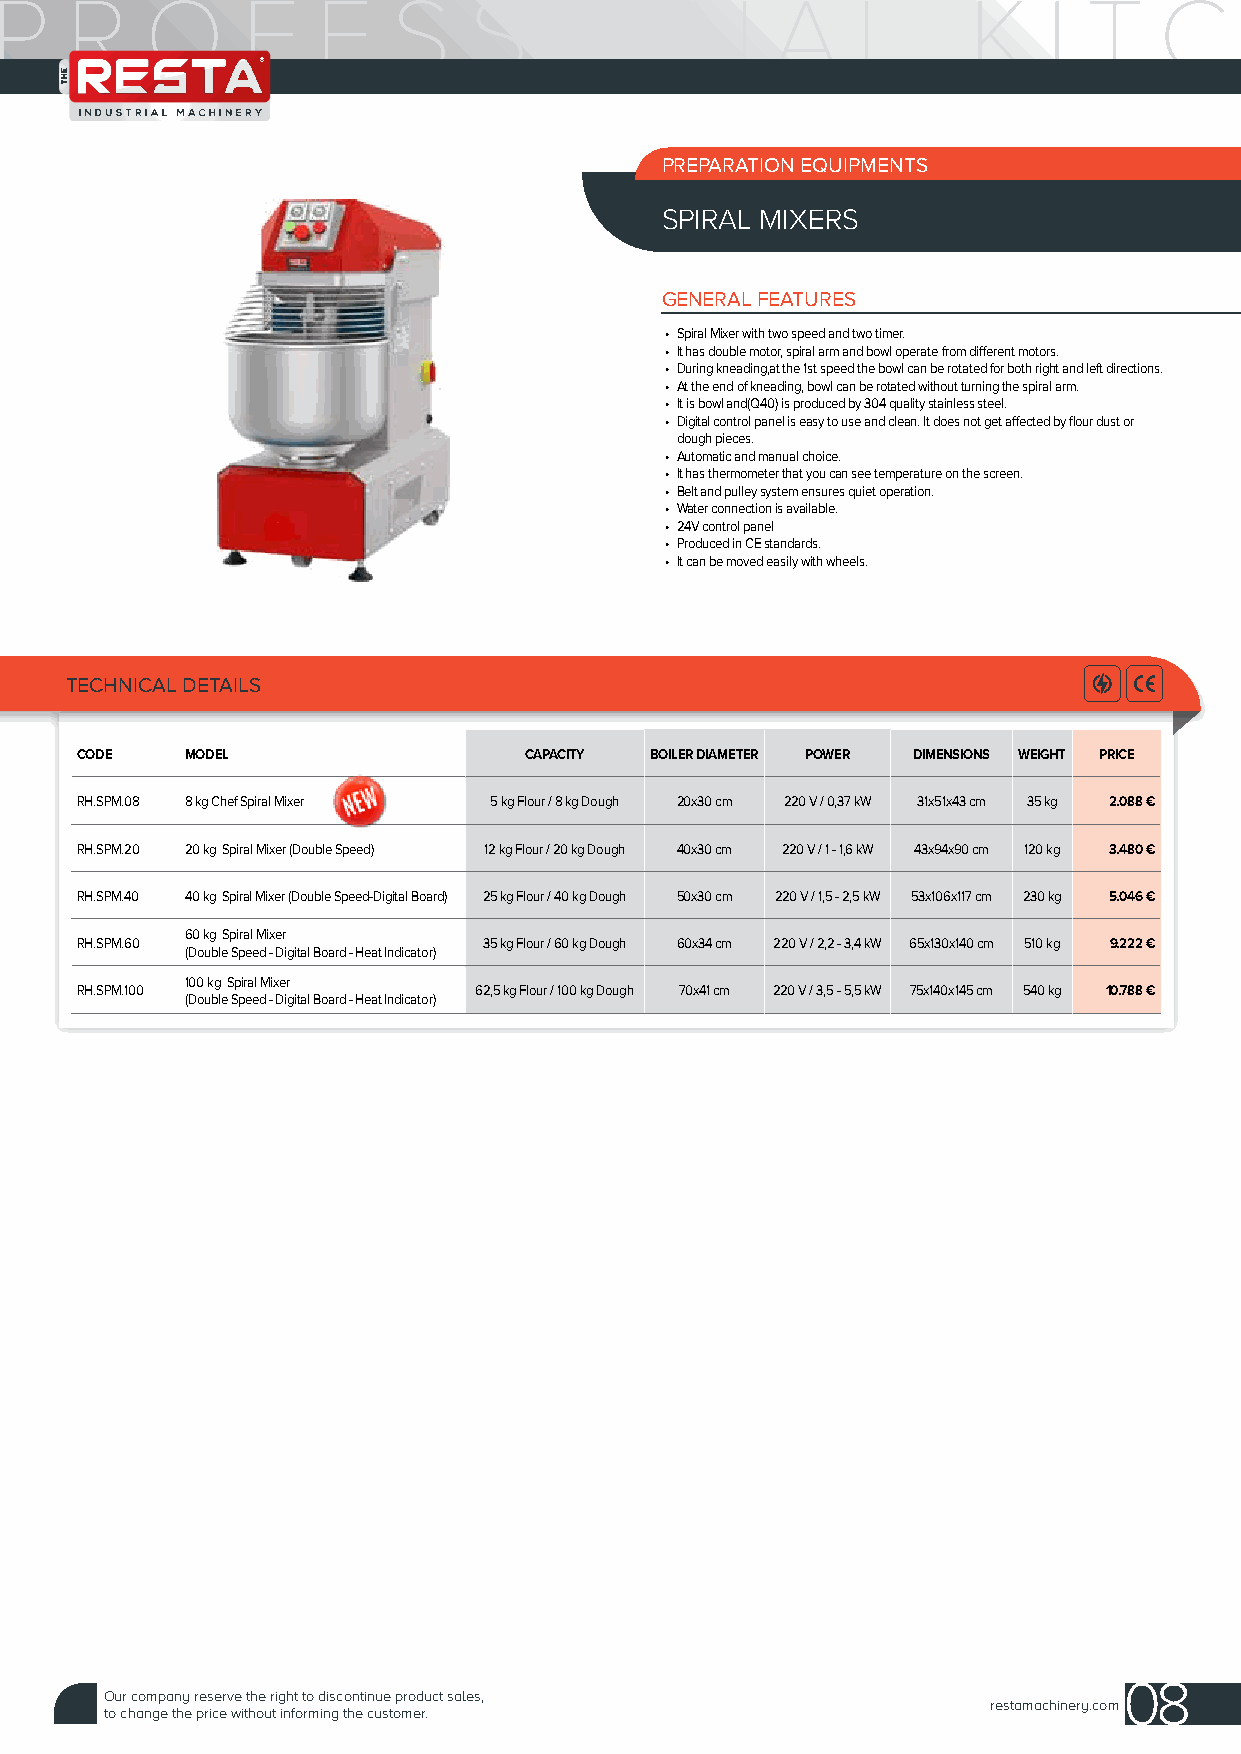
PREPARATION EQUIPMENTS
 SPIRAL MIXERS
 GENERAL FEATURES
 • Spiral Mixer with two speed and two timer.
 • It has double motor, spiral arm and bowl operate from different motors.
 • During kneading,at the 1st speed the bowl can be rotated for both right and left directions.
 • At the end of kneading, bowl can be rotated without turning the spiral arm.
 • It is bowl and(Q40) is produced by 304 quality stainless steel.
 • Digital control panel is easy to use and clean. It does not get affected by flour dust or
 dough pieces.
 • Automatic and manual choice.
 • It has thermometer that you can see temperature on the screen.
 • Belt and pulley system ensures quiet operation.
 • Water connection is available.
 • 24V control panel
 • Produced in CE standards.
 • It can be moved easily with wheels.
 TECHNICAL DETAILS
 CODE   MODEL                  CAPACITY BOILER DIAMETER POWER DIMENSIONS WEIGHT PRICE
 RH.SPM.08 8 kg Chef Spiral Mixer 5 kg Flour / 8 kg Dough 20x30 cm 220 V / 0,37 kW 31x51x43 cm 35 kg 2.088 €
 RH.SPM.20 20 kg Spiral Mixer (Double Speed) 12 kg Flour / 20 kg Dough 40x30 cm 220 V / 1 - 1,6 kW 43x94x90 cm 120 kg 3.480 €
 RH.SPM.40 40 kg Spiral Mixer (Double Speed-Digital Board) 25 kg Flour / 40 kg Dough 50x30 cm 220 V / 1,5 - 2,5 kW 53x106x117 cm 230 kg 5.046 €
 60 kg Spiral Mixer
 RH.SPM.60                  35 kg Flour / 60 kg Dough 60x34 cm 220 V / 2,2 - 3,4 kW 65x130x140 cm 510 kg 9.222 €
 (Double Speed - Digital Board - Heat Indicator)
 100 kg Spiral Mixer
 RH.SPM.100                62,5 kg Flour / 100 kg Dough 70x41 cm 220 V / 3,5 - 5,5 kW 75x140x145 cm 540 kg 10.788 €
 (Double Speed - Digital Board - Heat Indicator)
 08
 Our company reserve the right to discontinue product sales,
 restamachinery.com
 to change the price without informing the customer.